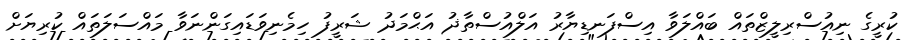
ކުރީގެ ނިއުސްރިލީޒްތައް ބައްލަވާ އިސްފަނޑިޔާރު އަލްއުސްތާޛު އަޙްމަދު ޝަރީފު ހިމެނިވަޑައިގަންނަވާ މައްސަލަތައް ކުރިޔަށް